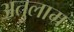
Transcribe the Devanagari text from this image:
अतुलाम्